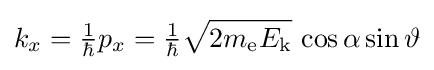
k_{x}={\tfrac {1}{\hbar }}p_{x}={\tfrac {1}{\hbar }}{\sqrt {2m_{\text{e}}E_{\text{k}}}}\,\cos \alpha \sin \vartheta